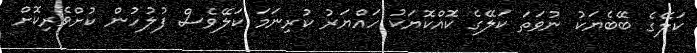
ކަލޭގެ ބޭބެޔަކު ނުވަތަ ކަލޭގެ ކޮއްކޮޔަކު ހައްޔަރު ކުރިނަމަ ކަލޭވެސް ފުލުހުން ކުށްވެރިކޮށް